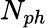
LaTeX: N_{ph}